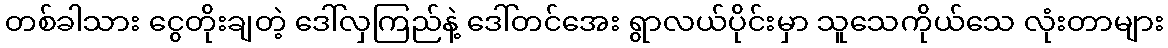
တစ်ခါသား ငွေတိုးချတဲ့ ဒေါ်လှကြည်နဲ့ ဒေါ်တင်အေး ရွာလယ်ပိုင်းမှာ သူသေကိုယ်သေ လုံးတာများ